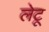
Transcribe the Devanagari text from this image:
लेटू